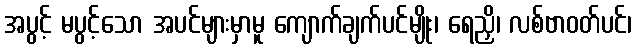
အပွင့် မပွင့်သော အပင်များမှာမူ ကျောက်ချက်ပင်မျိုး၊ ရေညှိ၊ လစ်ဗာဝတ်ပင်၊